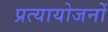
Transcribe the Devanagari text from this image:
प्रत्यायोजनों